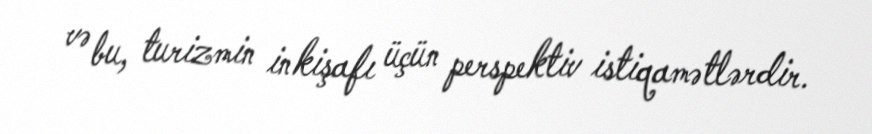
və bu, turizmin inkişafı üçün perspektiv istiqamətlərdir.